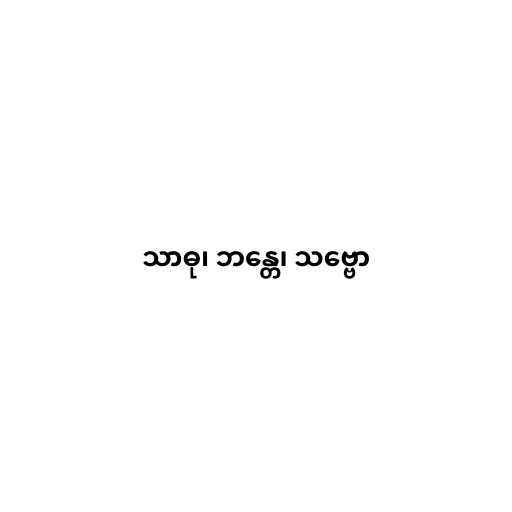
သာဓု၊ ဘန္တေ၊ သဗ္ဗော